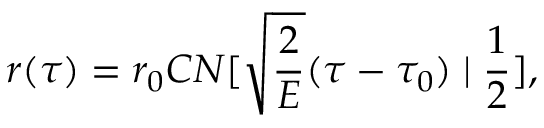
r ( \tau ) = r _ { 0 } C N [ \sqrt { \frac { 2 } { E } } ( \tau - \tau _ { 0 } ) \mid \frac { 1 } { 2 } ] ,